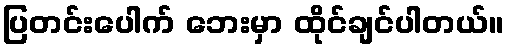
ပြတင်းပေါက် ဘေးမှာ ထိုင်ချင်ပါတယ်။